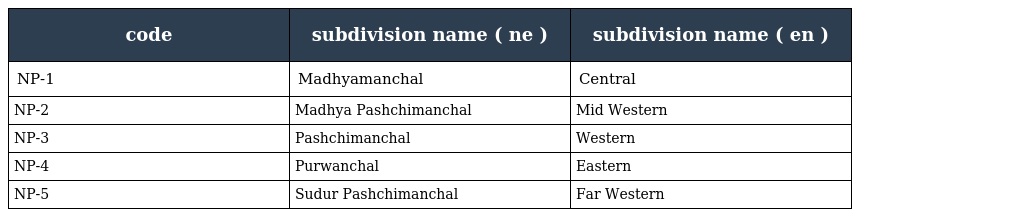
| code | subdivision name ( ne ) | subdivision name ( en ) |
 | --- | --- | --- |
 | NP-1 | Madhyamanchal | Central |
 | NP-2 | Madhya Pashchimanchal | Mid Western |
 | NP-3 | Pashchimanchal | Western |
 | NP-4 | Purwanchal | Eastern |
 | NP-5 | Sudur Pashchimanchal | Far Western |